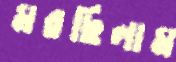
মরছিলাম